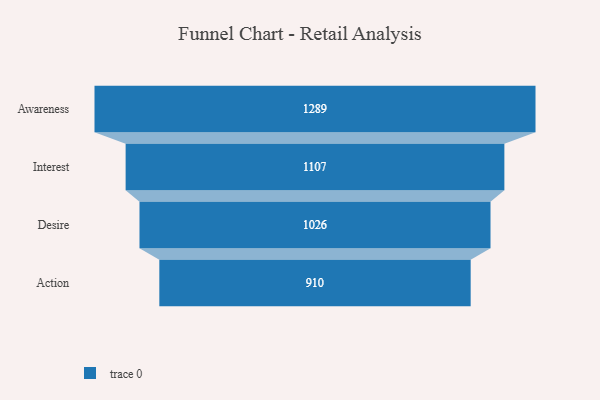
{"axis": {"x": "Stage", "y": "Value"}, "legend": [""], "data": [{"x": "Awareness", "y": 1289.0, "type": ""}, {"x": "Interest", "y": 1107.0, "type": ""}, {"x": "Desire", "y": 1026.0, "type": ""}, {"x": "Action", "y": 910.0, "type": ""}]}